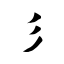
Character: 彡